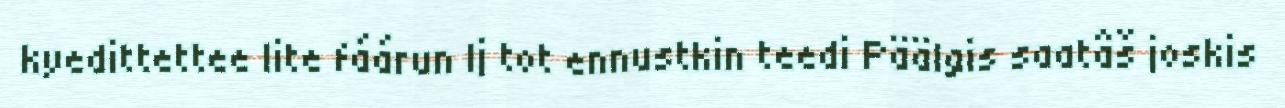
kyedittettee lite fáárun Ij tot ennustkin teedi Päälgis saatâš joskis